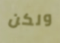
ولكن